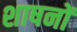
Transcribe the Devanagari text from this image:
शाषनों